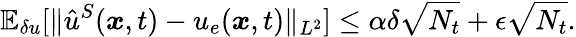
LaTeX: \mathbb{E}_{\delta u}[\| \hat{u}^{S}(\boldsymbol{x},t)-u_{e}(\boldsymbol{x},t)\| _{L^{2}}]\le\alpha\delta\sqrt{N_{t}}+\epsilon\sqrt{N_{t}}.